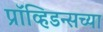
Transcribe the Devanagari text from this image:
प्रॉव्हिडन्सच्या